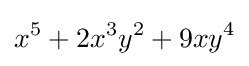
x^{5}+2x^{3}y^{2}+9xy^{4}